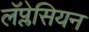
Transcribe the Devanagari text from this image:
लॅप्लेसियन